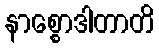
နာစ္စောဒါတာတိ